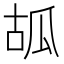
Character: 㼋